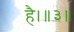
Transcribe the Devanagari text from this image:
है।॥३॥